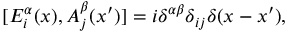
[ { \cal E } _ { i } ^ { \alpha } ( x ) , A _ { j } ^ { \beta } ( x ^ { \prime } ) ] = i \delta ^ { \alpha \beta } \delta _ { i j } \delta ( x - x ^ { \prime } ) ,